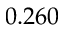
0 . 2 6 0